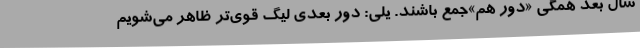
سال بعد همگی «دور هم»جمع باشند. یلی: دور بعدی لیگ قوی‌تر ظاهر می‌شویم